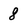
Character: 8